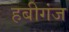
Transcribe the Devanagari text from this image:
हबीगंज